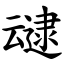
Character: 叇